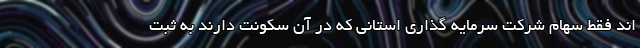
اند فقط سهام شرکت سرمایه گذاری استانی که در آن سکونت دارند به ثبت